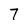
Character: 7